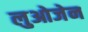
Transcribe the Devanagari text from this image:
लुओजेन